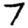
Digit: 7